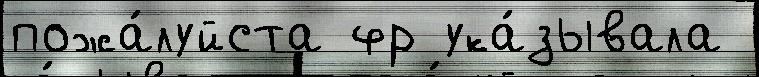
пожа́луйста фр ука́зывала